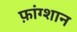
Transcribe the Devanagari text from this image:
फ़ांग्शान